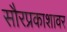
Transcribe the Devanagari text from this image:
सौरप्रकाशावर